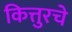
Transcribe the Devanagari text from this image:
कित्तुरचे